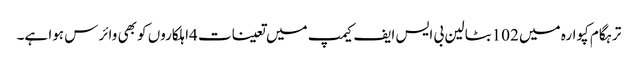
ترہگام کپوارہ میں 102بٹالین بی ایس ایف کیمپ میں تعینات 4اہلکاروں کو بھی وائرس ہوا ہے۔